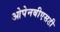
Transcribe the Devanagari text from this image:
ओपेनबीएसडी